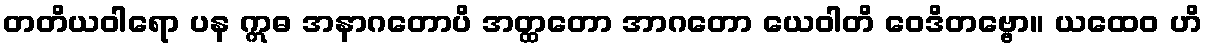
တတိယဝါရော ပန ဣဓ အနာဂတောပိ အတ္ထတော အာဂတော ယေဝါတိ ဝေဒိတဗ္ဗော။ ယထေဝ ဟိ